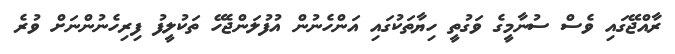
ރާއްޖޭގައި ވެސް ސުނާމީގެ ވަގުތީ ހިޔާތަކުގައި އަންހެނުން އުފުލަންޖެހޭ ތަކުލީފު ފިރިހެނުންނަށް ވުރެ